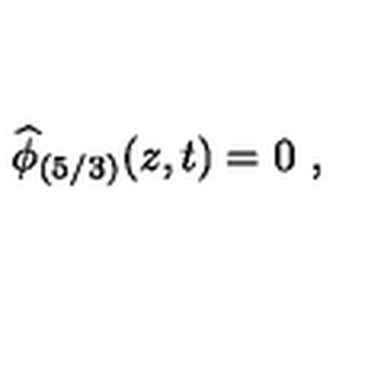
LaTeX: \widehat { \phi } _ { ( 5 / 3 ) } ( z , t ) = 0 \ ,